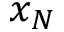
x _ { N }